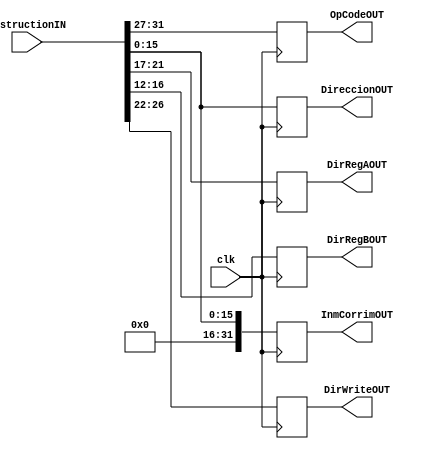
module PipeIFD(
    input clk,
    input [31:0] InstructionIN,
	 output reg[4:0] OpCodeOUT,
	 output reg[15:0] DireccionOUT,
	 output reg[4:0] DirRegAOUT,
	 output reg[4:0] DirRegBOUT,
	 output reg[31:0] InmCorrimOUT,
	 output reg[4:0] DirWriteOUT
);

	 reg [4:0] OpCodeTMP;
	 reg [15:0] DireccionTMP;
	 reg [4:0] DirRegATMP;
	 reg [4:0] DirRegBTMP;
	 reg [31:0] InmCorrimTMP;
	 reg [4:0] DirWriteTMP;

always @(posedge clk)
begin
	OpCodeOUT <= InstructionIN[31:27];
	DireccionOUT <= InstructionIN[15:0];
	DirRegAOUT <= InstructionIN[21:17];
	DirRegBOUT <= InstructionIN[16:12];
	InmCorrimOUT <= {{16{1'b0}}, InstructionIN[15:0]};
	DirWriteOUT <= InstructionIN[26:22];
	
end
/*
	 assign OpCodeOUT = OpCodeTMP;
	 assign DireccionOUT = DireccionTMP;
	 assign DirRegAOUT = DirRegATMP;
	 assign DirRegBOUT = DirRegBTMP;
	 assign InmCorrimOUT = InmCorrimTMP;
	 assign DirWriteOUT = DirWriteTMP;
	 */
endmodule